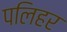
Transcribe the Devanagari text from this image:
पलिहर